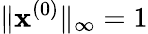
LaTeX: \| \mathbf{x}^{(0)}\| _{\infty}=1